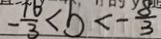
- \frac { 1 6 } { 3 } < b < - \frac { 8 } { 3 }